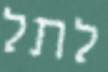
לתל